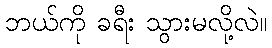
ဘယ်ကို ခရီး သွားမလို့လဲ။